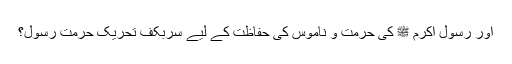
اور رسول اکرم ﷺ کی حرمت و ناموس کی حفاظت کے لیے سربکف تحریک حرمت رسولؐ؟